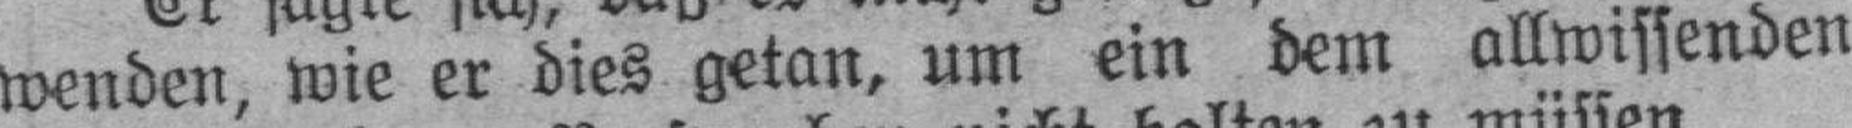
wenden, wie er dies getan, um ein dem allwissenden